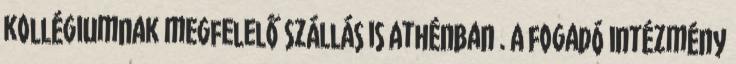
kollégiumnak megfelelő szállás is Athénban . A fogadó intézmény